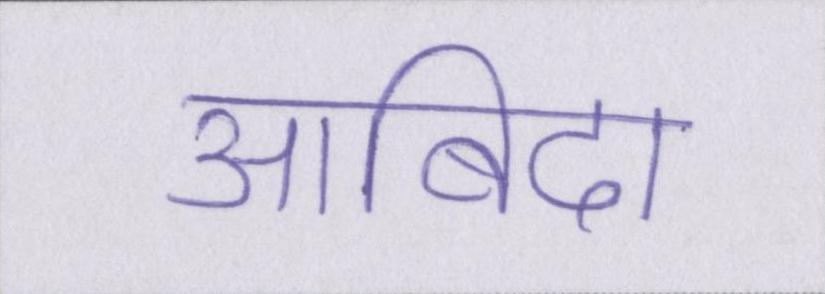
आबिदा